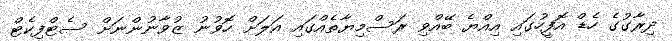
ދިރާގުގެ ހެޑް އޮފީހުގައި އިއްޔެ ބޭއްވި ރަސްމިޔާތެއްގައި އަލަށް ހޮވުނު ޒުވާނުންނަށް ސެޓްފިކެޓް